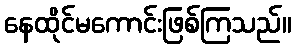
နေထိုင်မကောင်းဖြစ်ကြသည်။